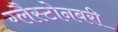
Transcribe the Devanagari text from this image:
ग्लैस्टोनबरी